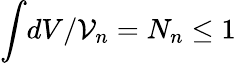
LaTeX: \int\! dV/{\cal V}_{n}=N_{n}\leq 1